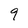
Character: 9